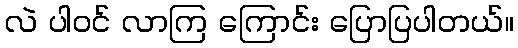
လဲ ပါဝင် လာကြ ကြောင်း ပြောပြပါတယ်။